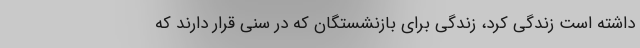
داشته است زندگی کرد، زندگی برای بازنشستگان که در سنی قرار دارند که